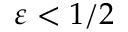
\varepsilon < 1 / 2